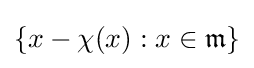
\{x-\chi (x):x\in {\mathfrak {m}}\}